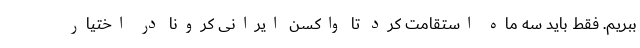
ببریم. فقط باید سه ماه استقامت کرد تا واکسن ایرانی کرونا در اختیار